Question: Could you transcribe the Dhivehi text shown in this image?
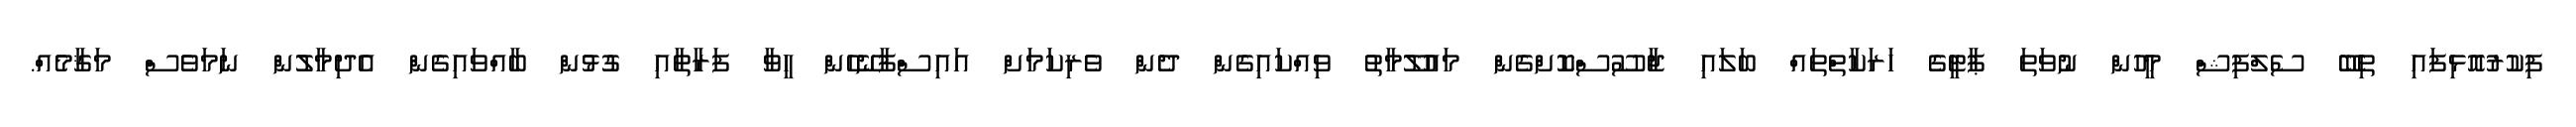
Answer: ފިކުރުއޮޅިފައި ތިބޭ ސެލްފިޝް މީހުން ނުވަތަ ޕާޓީގެ ހަރަކާތްތައް ބަލައި ޖާސޫސްކޮށްގެން މައުލޫމާތު ވިއްކައިގެން ދެން ވެރިކަމަށް އައިސްފާނޭހެން ހީވާ ފަރާތާއި ގުޅުން ބާއްވައިގެން އެދިމާލުން ނަމަވެސް މަޤާމެއް.